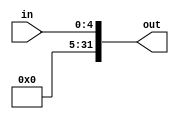
module shift_extender(
    input [4:0] in,
    output reg [31:0] out
);
    always @(*) begin
        out = {27'b0, in[4:0]};
    end
endmodule